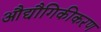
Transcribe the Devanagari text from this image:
औद्यौगिकीकरण